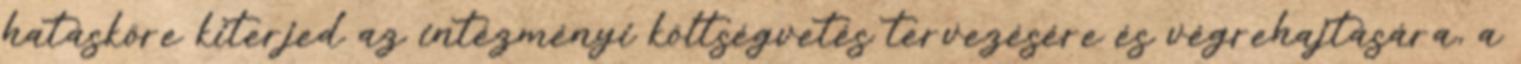
hatásköre kiterjed az intézményi költségvetés tervezésére és végrehajtására, a